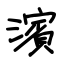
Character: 濱